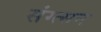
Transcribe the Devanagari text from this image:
संग्त्सन